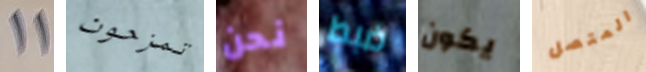
11 تمزحون نحن ضبط يكون المتصل